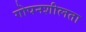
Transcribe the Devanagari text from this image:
गोपनशीलता